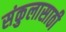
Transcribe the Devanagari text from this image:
संकुलासाठी